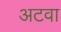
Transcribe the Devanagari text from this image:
अटवा